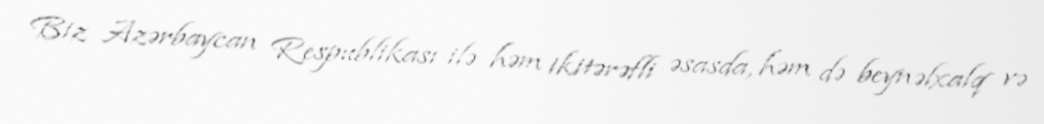
Biz Azərbaycan Respublikası ilə həm ikitərəfli əsasda, həm də beynəlxalq və